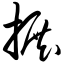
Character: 搌